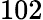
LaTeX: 102